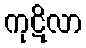
ကုဋိလာ